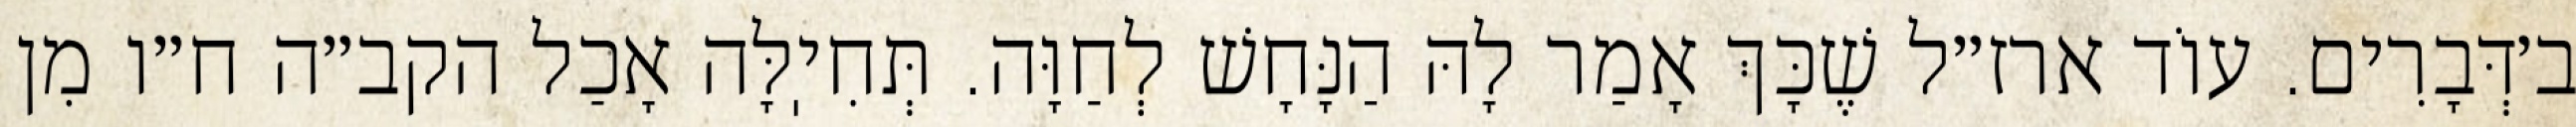
ב׳דְּבָרִים. עוֹד ארז״ל שֶׁכָּךְ אָמַר לָהּ הַנָּחָשׁ לְחַוָּה. תְּחִיֽלָּה אָכַל הקב״ה ח״ו מִן